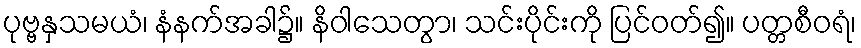
ပုဗ္ဗနှသမယံ၊ နံနက်အခါ၌။ နိဝါသေတွာ၊ သင်းပိုင်းကို ပြင်ဝတ်၍။ ပတ္တစီဝရံ၊